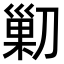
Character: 𠞰